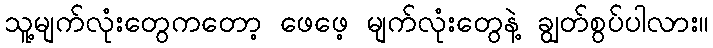
သူ့မျက်လုံးတွေကတော့ ဖေဖေ့ မျက်လုံးတွေနဲ့ ချွတ်စွပ်ပါလား။